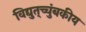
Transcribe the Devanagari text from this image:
विद्युत्‌च्चुंबकीय